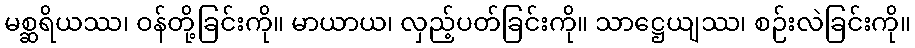
မစ္ဆရိယဿ၊ ဝန်တို့ခြင်းကို။ မာယာယ၊ လှည့်ပတ်ခြင်းကို။ သာဋ္ဌေယျဿ၊ စဉ်းလဲခြင်းကို။